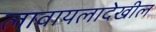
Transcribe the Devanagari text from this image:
लावायलादेखील